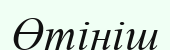
Өтініш